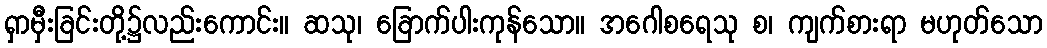
ရှာမှီးခြင်းတို့၌လည်းကောင်း။ ဆသု၊ ခြောက်ပါးကုန်သော။ အဂေါစရေသု စ၊ ကျက်စားရာ မဟုတ်သော